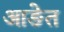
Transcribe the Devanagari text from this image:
आङेत